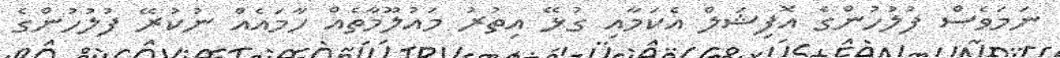
ނަމަވެސް ފުލުހުންގެ އޮފިޝަލް އެކަމާއި ގުޅޭ އިތުރު މައުލޫމާތެއް ހާމައެއް ނުކުރޭ ފުލުހުންގެ